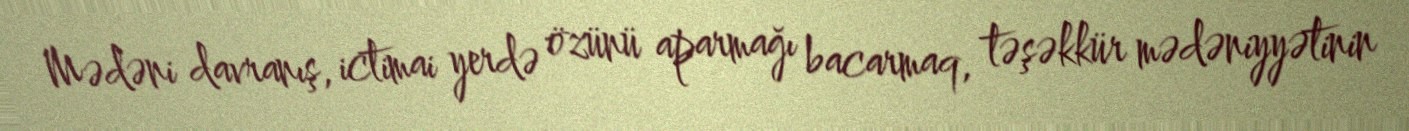
Mədəni davranış, ictimai yerdə özünü aparmağı bacarmaq, təşəkkür mədəniyyətinin